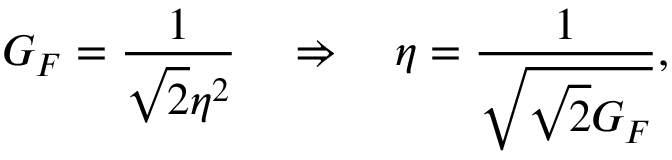
G _ { F } = \frac { 1 } { \sqrt { 2 } \eta ^ { 2 } } \quad \Rightarrow \quad \eta = \frac { 1 } { \sqrt { \sqrt { 2 } G _ { F } } } ,